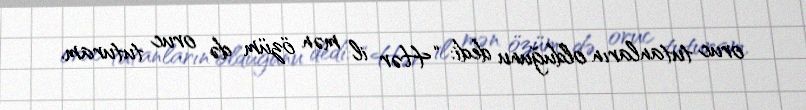
oruc tutanların olduğunu dedi: “Hər il mən özüm də oruc tuturam.